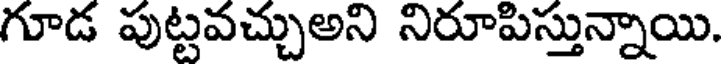
గూడ పుట్టవచ్చుఅని నిరూపిస్తున్నాయి.